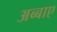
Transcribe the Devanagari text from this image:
अब्बाए